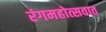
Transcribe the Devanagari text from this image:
रंगमहोत्सवात